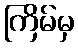
ကြိမ်မှ